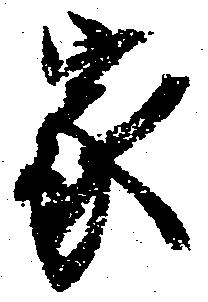
家